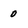
Character: o